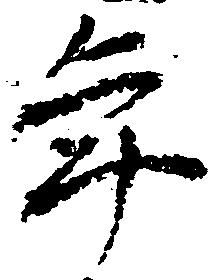
年